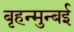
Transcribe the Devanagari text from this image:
बृहन्मुन्बई